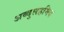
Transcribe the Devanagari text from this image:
अब्दुलहमिद